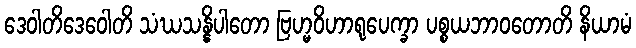
ဒေဝါတိဒေဝေါတိ သံဃသန္နိပါတော ဗြဟ္မဝိဟာရုပေက္ခာ ပစ္စယဘာဝတောတိ နိယာမံ